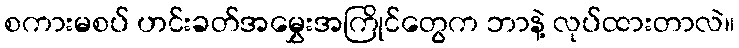
စကားမစပ် ဟင်းခတ်အမွှေးအကြိုင်တွေက ဘာနဲ့ လုပ်ထားတာလဲ။